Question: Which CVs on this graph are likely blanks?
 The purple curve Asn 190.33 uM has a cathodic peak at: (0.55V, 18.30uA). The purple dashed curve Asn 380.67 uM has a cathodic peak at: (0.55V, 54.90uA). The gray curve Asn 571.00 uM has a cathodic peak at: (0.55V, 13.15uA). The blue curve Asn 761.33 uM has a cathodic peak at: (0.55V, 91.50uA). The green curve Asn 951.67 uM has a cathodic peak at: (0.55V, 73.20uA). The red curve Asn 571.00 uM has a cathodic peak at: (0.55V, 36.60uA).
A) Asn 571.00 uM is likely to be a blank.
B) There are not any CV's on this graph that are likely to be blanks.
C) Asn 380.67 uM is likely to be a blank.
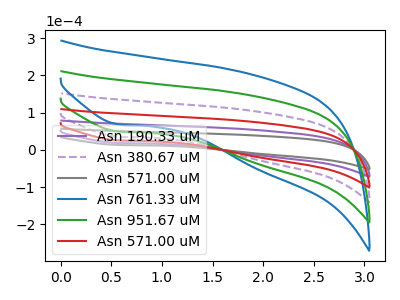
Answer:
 <answer>B) There are not any CV's on this graph that are likely to be blanks.</answer>
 <eval>B</eval>